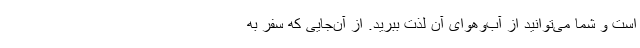
است و شما می‌توانید از آب‌وهوای آن لذت ببرید. از آن‌جایی که سفر به